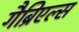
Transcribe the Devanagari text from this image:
गैब्रिएल्स